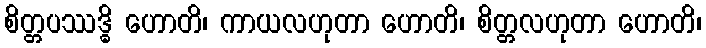
စိတ္တပဿဒ္ဓိ ဟောတိ၊ ကာယလဟုတာ ဟောတိ၊ စိတ္တလဟုတာ ဟောတိ၊